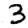
Digit: 3